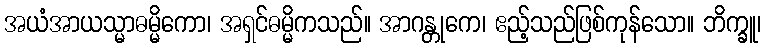
အယံအာယသ္မာဓမ္မိကော၊ အရှင်ဓမ္မိကသည်။ အာဂန္တုကေ၊ ဧည့်သည်ဖြစ်ကုန်သော။ ဘိက္ခူ၊